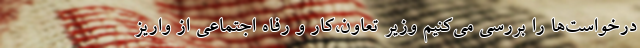
درخواست‌ها را بررسی می‌کنیم وزیر تعاون،کار و رفاه اجتماعی از واریز